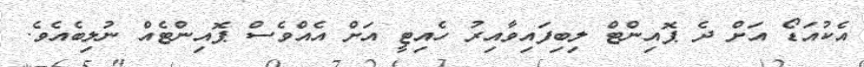
އެކުއަޑޯ އަށް ދެ ޕޮއިންޓް ލިބިފައިވާއިރު ހެއިޓީ އަށް އެއްވެސް ޕޮއިންޓެއް ނުލިބެއެވެ.